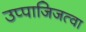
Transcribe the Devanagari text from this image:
उप्पाजिजत्वा